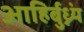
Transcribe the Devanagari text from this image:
आहिर्बुध्न्यं